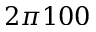
2 \pi 1 0 0